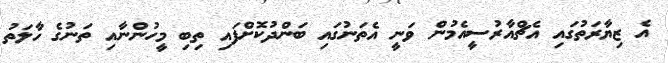
އެ ޒިޔާރަތުގައި އެޗްއާރުސީއެމުން ވަނީ އެތަނުގައި ބަންދުކޮށްފައި ތިބި މީހުންނާއި ތަނުގެ ހާލަތު